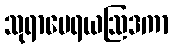
သုရာမေရယဩဒကာ